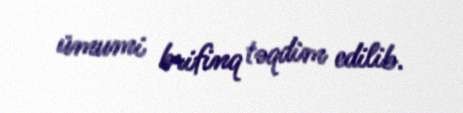
ümumi brifinq təqdim edilib.